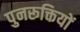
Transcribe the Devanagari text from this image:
पुनरूक्तियों